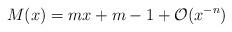
LaTeX: \begin{align*}M(x)=mx+m-1+\mathcal{O}(x^{-n})\end{align*}